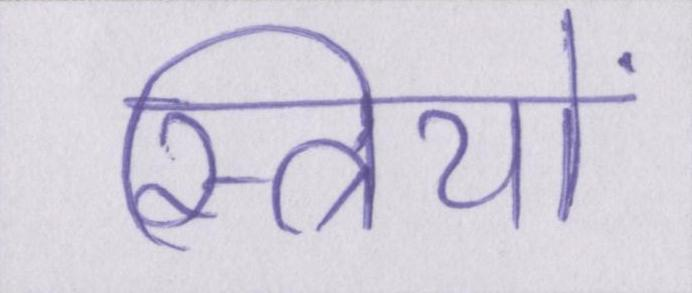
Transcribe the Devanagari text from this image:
स्त्रियों